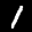
Label: 1